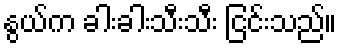
နွယ်က ခါးခါးသီးသီး ငြင်းသည်။